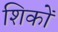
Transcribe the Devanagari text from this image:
शिकों